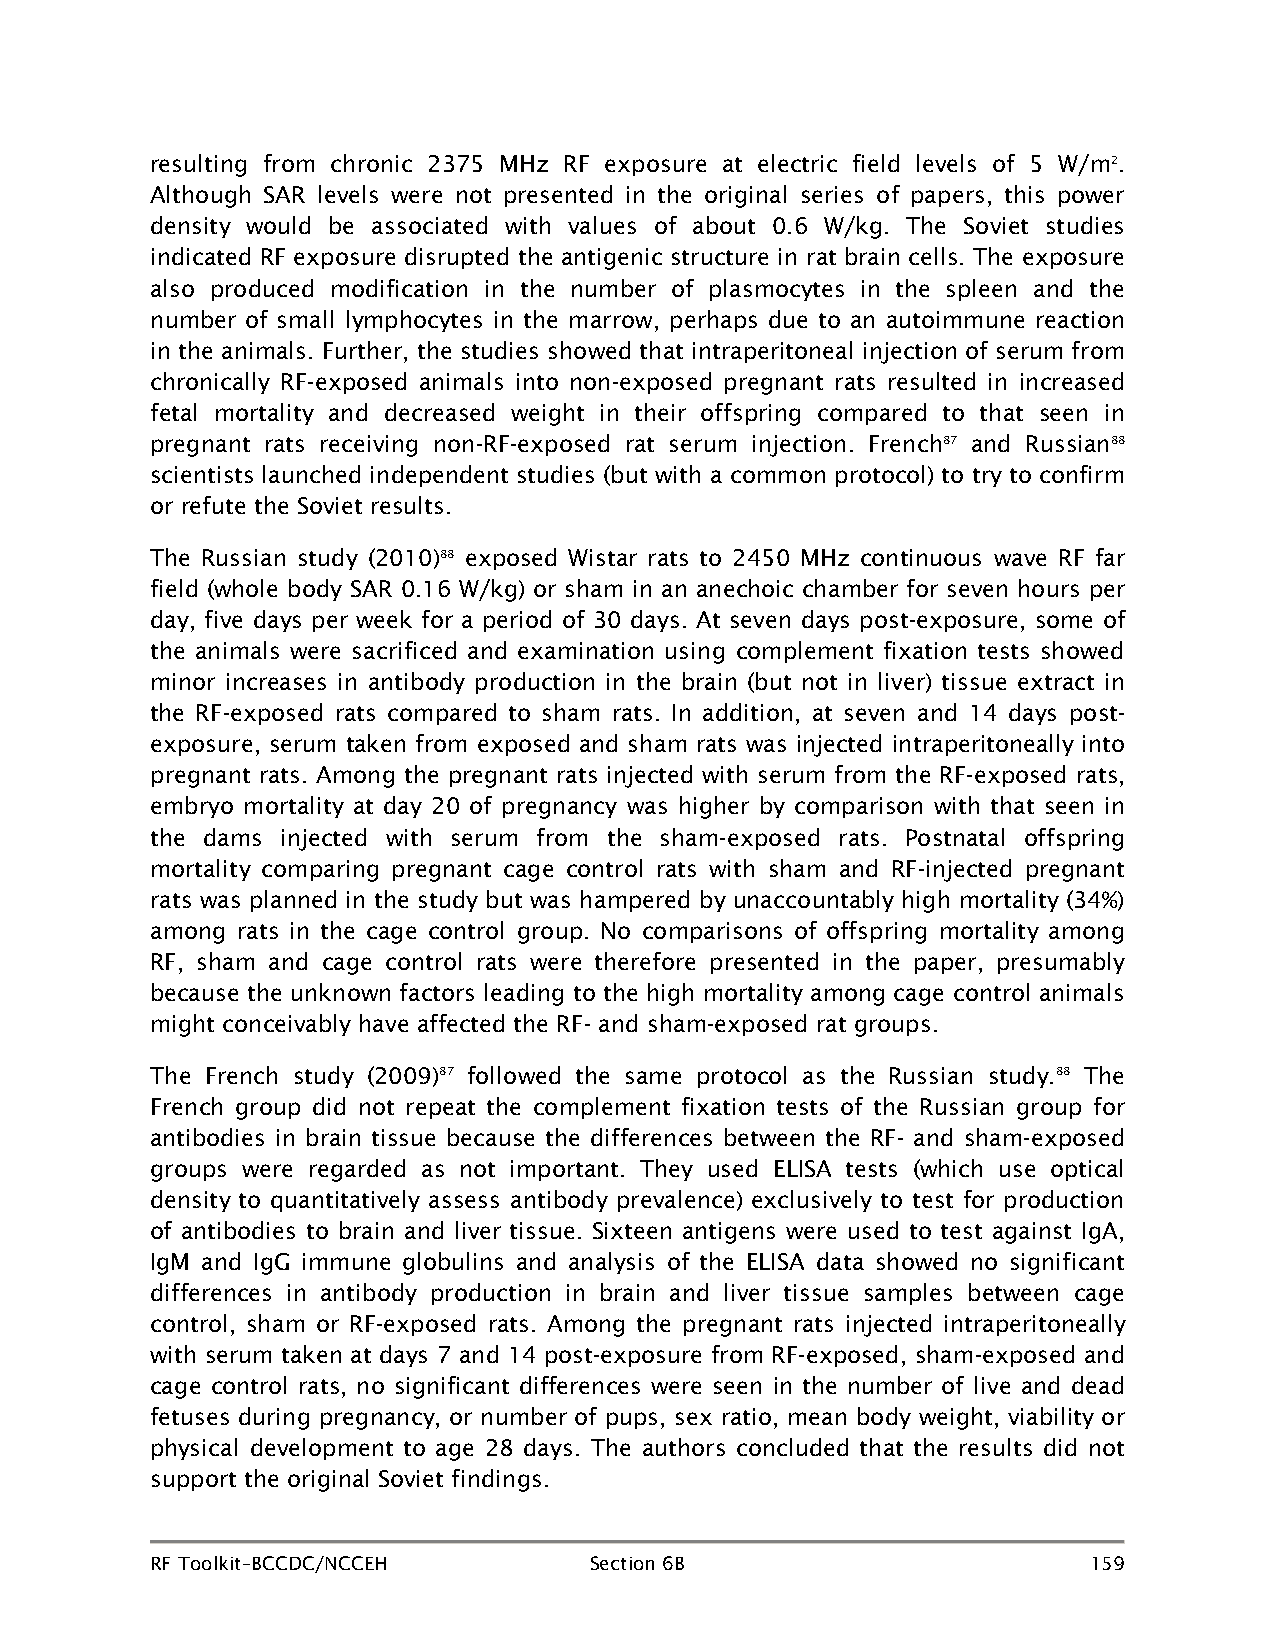
resulting from chronic 2375 MHz RF exposure at electric field levels of 5 W/m2.
 Although SAR levels were not presented in the original series of papers, this power
 density would be associated with values of about 0.6 W/kg. The Soviet studies
 indicated RF exposure disrupted the antigenic structure in rat brain cells. The exposure
 also produced modification in the number of plasmocytes in the spleen and the
 number of small lymphocytes in the marrow, perhaps due to an autoimmune reaction
 in the animals. Further, the studies showed that intraperitoneal injection of serum from
 chronically RF-exposed animals into non-exposed pregnant rats resulted in increased
 fetal mortality and decreased weight in their offspring compared to that seen in
 pregnant rats receiving non-RF-exposed rat serum injection. French87 and Russian88
 scientists launched independent studies (but with a common protocol) to try to confirm
 or refute the Soviet results.
 The Russian study (2010)88 exposed Wistar rats to 2450 MHz continuous wave RF far
 field (whole body SAR 0.16 W/kg) or sham in an anechoic chamber for seven hours per
 day, five days per week for a period of 30 days. At seven days post-exposure, some of
 the animals were sacrificed and examination using complement fixation tests showed
 minor increases in antibody production in the brain (but not in liver) tissue extract in
 the RF-exposed rats compared to sham rats. In addition, at seven and 14 days post-
 exposure, serum taken from exposed and sham rats was injected intraperitoneally into
 pregnant rats. Among the pregnant rats injected with serum from the RF-exposed rats,
 embryo mortality at day 20 of pregnancy was higher by comparison with that seen in
 the dams injected with serum from the sham-exposed rats. Postnatal offspring
 mortality comparing pregnant cage control rats with sham and RF-injected pregnant
 rats was planned in the study but was hampered by unaccountably high mortality (34%)
 among rats in the cage control group. No comparisons of offspring mortality among
 RF, sham and cage control rats were therefore presented in the paper, presumably
 because the unknown factors leading to the high mortality among cage control animals
 might conceivably have affected the RF- and sham-exposed rat groups.
 The French study (2009)87 followed the same protocol as the Russian study.88 The
 French group did not repeat the complement fixation tests of the Russian group for
 antibodies in brain tissue because the differences between the RF- and sham-exposed
 groups were regarded as not important. They used ELISA tests (which use optical
 density to quantitatively assess antibody prevalence) exclusively to test for production
 of antibodies to brain and liver tissue. Sixteen antigens were used to test against IgA,
 IgM and IgG immune globulins and analysis of the ELISA data showed no significant
 differences in antibody production in brain and liver tissue samples between cage
 control, sham or RF-exposed rats. Among the pregnant rats injected intraperitoneally
 with serum taken at days 7 and 14 post-exposure from RF-exposed, sham-exposed and
 cage control rats, no significant differences were seen in the number of live and dead
 fetuses during pregnancy, or number of pups, sex ratio, mean body weight, viability or
 physical development to age 28 days. The authors concluded that the results did not
 support the original Soviet findings.
 RF Toolkit–BCCDC/NCCEH       Section 6B                       159